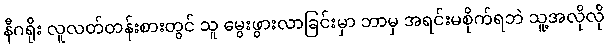
နီဂရိုး လူလတ်တန်းစားတွင် သူ မွေးဖွားလာခြင်းမှာ ဘာမှ အရင်းမစိုက်ရဘဲ သူ့အလိုလို